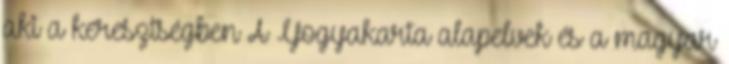
aki a keresztségben A Yogyakarta alapelvek és a magyar